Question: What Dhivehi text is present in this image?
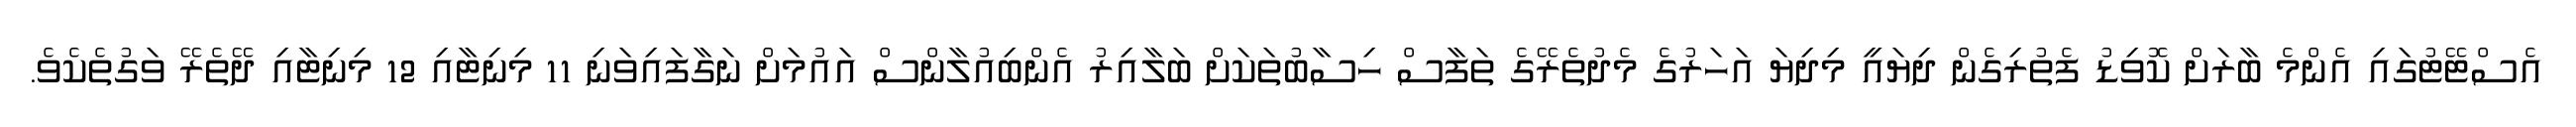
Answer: އެސްޓޭޓުގައި އެންމެ ބާރަށް ކޮވިޑު ފެތުރިގެން ދިޔައީ މިދިޔަ އަހަރުގެ މެދުތެރޭގެ ތަފާސް ހިސާބުތަކަށް ބަލާއިރު އެންބިއުލާންސް އައުމަށް ނަގާފައިވަނި 11 މިނިޓާއި 12 މިނިޓާއި ދޭތެރޭ ވަގުތެކެވެ.